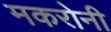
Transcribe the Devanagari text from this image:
मकरोनी